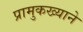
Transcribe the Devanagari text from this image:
प्रामुकख्याने